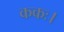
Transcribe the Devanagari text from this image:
ककः।